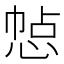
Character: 㥈